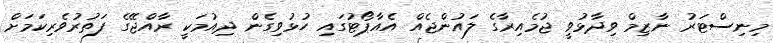
މިނިސްޓަރު ނާޒިމް ވިދާޅުވީ ޖުމެއިރާގެ ލައުންޖެއް އެއާޕޯޓުގައި ހުޅުވިގެން ދިއުމަކީ ރާއްޖޭގެ ފަތުރުވެރިކަމަށް